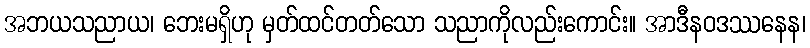
အဘယသညာယ၊ ဘေးမရှိဟု မှတ်ထင်တတ်သော သညာကိုလည်းကောင်း။ အာဒီနဝဒဿနေန၊